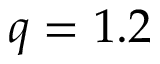
q = 1 . 2